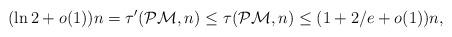
LaTeX: \begin{align*} (\ln 2 + o(1)) n = \tau'(\mathcal{PM}, n) \leq \tau(\mathcal{PM}, n) \leq (1 + 2/e + o(1)) n,\end{align*}